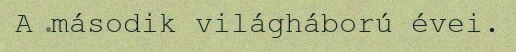
A második világháború évei.